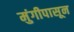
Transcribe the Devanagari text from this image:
मुंगीपासून